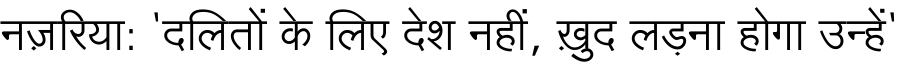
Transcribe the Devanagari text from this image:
नज़रिया: 'दलितों के लिए देश नहीं, ख़ुद लड़ना होगा उन्हें'